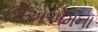
છીએએમના